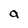
Character: a